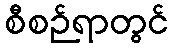
စီစဉ်ရာတွင်